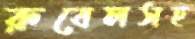
রুবেলসহ